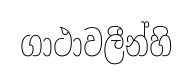
ගාථාවලීන්හි